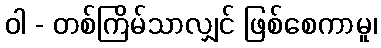
ဝါ - တစ်ကြိမ်သာလျှင် ဖြစ်စေကာမူ၊